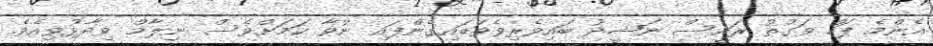
އެންމެ ފަހު ވަގުތު ރައީސް ނަޝީދު ބައިވެރިވެވަޑައިގެންފައި ނުވާ ކަމަށްވެސް ނިލާމް ވިދާޅުވިއެވެ.